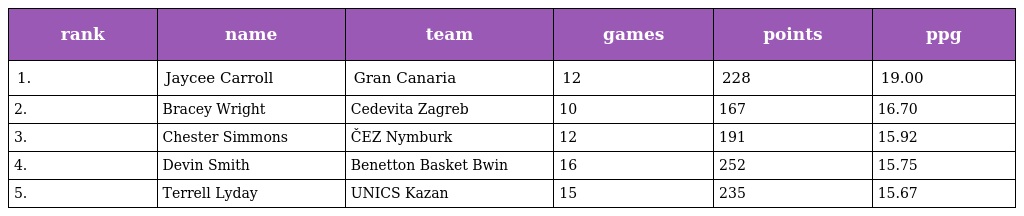
| rank | name | team | games | points | ppg |
 | --- | --- | --- | --- | --- | --- |
 | 1. | Jaycee Carroll | Gran Canaria | 12 | 228 | 19.00 |
 | 2. | Bracey Wright | Cedevita Zagreb | 10 | 167 | 16.70 |
 | 3. | Chester Simmons | ČEZ Nymburk | 12 | 191 | 15.92 |
 | 4. | Devin Smith | Benetton Basket Bwin | 16 | 252 | 15.75 |
 | 5. | Terrell Lyday | UNICS Kazan | 15 | 235 | 15.67 |